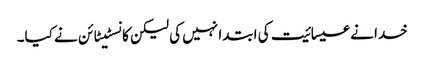
خدا نے عیسائیت کی ابتدا نہیں کی لیکن کانسٹیٹائن نے کیا۔